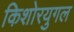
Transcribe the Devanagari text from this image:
किशोरयुगल